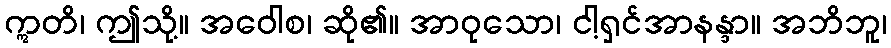
ဣတိ၊ ဤသို့။ အဝေါစ၊ ဆို၏။ အာဝုသော၊ ငါ့ရှင်အာနန္ဒာ။ အဘိဘူ၊